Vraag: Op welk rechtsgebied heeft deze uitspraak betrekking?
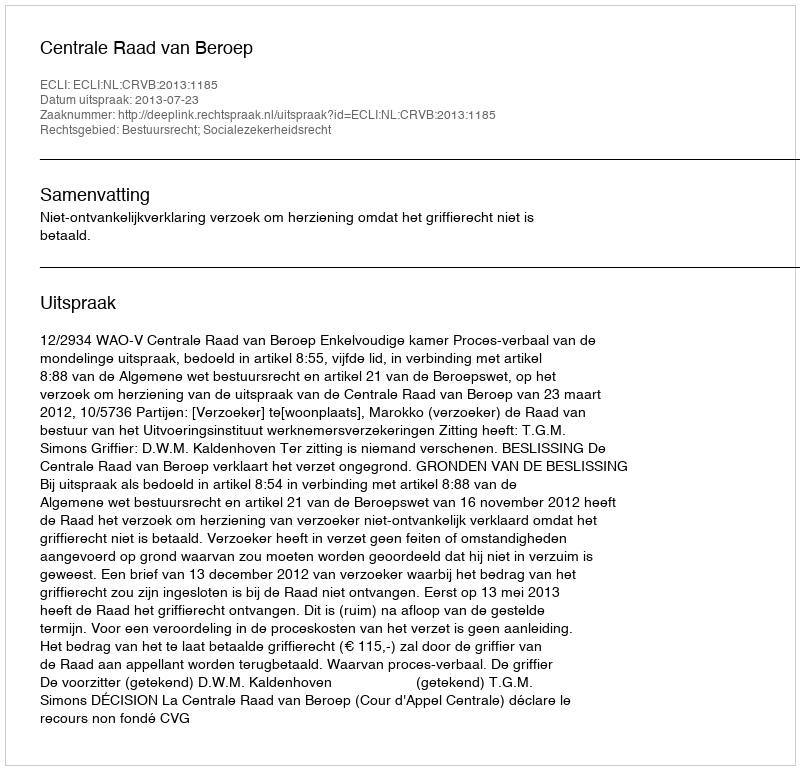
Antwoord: Bestuursrecht; Socialezekerheidsrecht